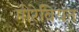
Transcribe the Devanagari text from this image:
मोरेवियन